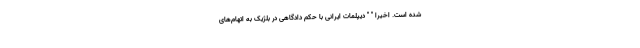
شده است. اخیرا " " دیپلمات ایرانی با حکم دادگاهی در بلژیک به اتهام‌های